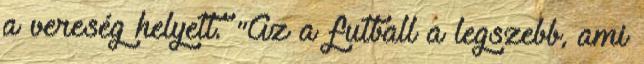
a vereség helyett. "Az a futball a legszebb, ami